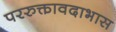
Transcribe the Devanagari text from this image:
पररुक्तावदाभास